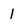
Character: 1